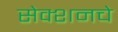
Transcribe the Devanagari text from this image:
सेक्शनचे